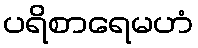
ပရိစာရေမဟံ